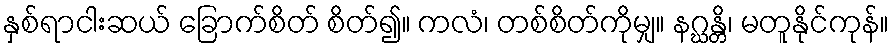
နှစ်ရာငါးဆယ် ခြောက်စိတ် စိတ်၍။ ကလံ၊ တစ်စိတ်ကိုမျှ။ နဂ္ဃန္တိ၊ မတူနိုင်ကုန်။